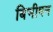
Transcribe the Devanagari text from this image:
बिभीषन